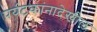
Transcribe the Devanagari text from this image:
पर्यटकांनादेखील